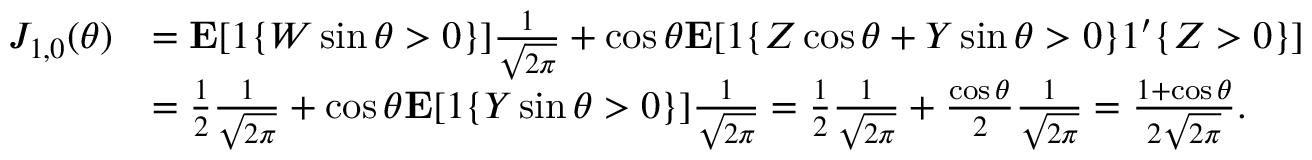
\begin{array} { r l } { J _ { 1 , 0 } ( \theta ) } & { = \mathbf { E } [ 1 \{ W \sin \theta > 0 \} ] \frac { 1 } { \sqrt { 2 \pi } } + \cos \theta \mathbf { E } [ 1 \{ Z \cos \theta + Y \sin \theta > 0 \} 1 ^ { \prime } \{ Z > 0 \} ] } \\ & { = \frac { 1 } { 2 } \frac { 1 } { \sqrt { 2 \pi } } + \cos \theta \mathbf { E } [ 1 \{ Y \sin \theta > 0 \} ] \frac { 1 } { \sqrt { 2 \pi } } = \frac { 1 } { 2 } \frac { 1 } { \sqrt { 2 \pi } } + \frac { \cos \theta } { 2 } \frac { 1 } { \sqrt { 2 \pi } } = \frac { 1 + \cos \theta } { 2 \sqrt { 2 \pi } } . } \end{array}